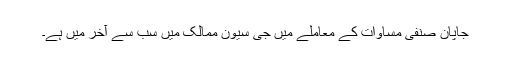
جاپان صنفی مساوات کے معاملے میں جی سیون ممالک میں سب سے آخر میں ہے۔